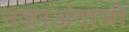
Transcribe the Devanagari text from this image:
नज़रअंदाजी